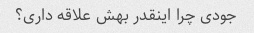
جودی چرا اینقدر بهش علاقه داری؟